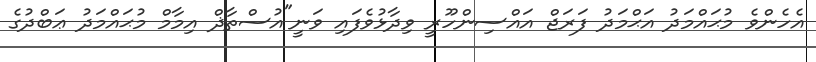
އެހެންވެ މުޙައްމަދު އަޙްމަދު ފަރަޖް އައްސިންހޫރީ ވިދާޅުވެފައި ވަނީ"އުސްތާޛް އިމާމް މުޙައްމަދު ޢަބްދުގެ